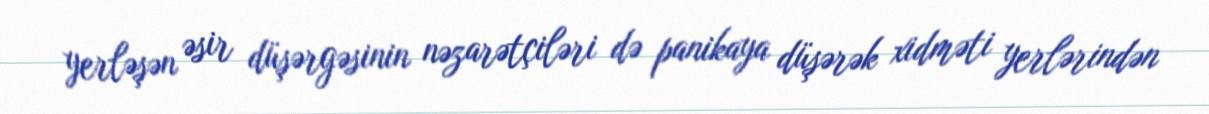
yerləşən əsir düşərgəsinin nəzarətçiləri də panikaya düşərək xidməti yerlərindən